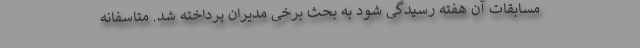
مسابقات آن هفته رسیدگی شود به بحث برخی مدیران پرداخته شد. متاسفانه